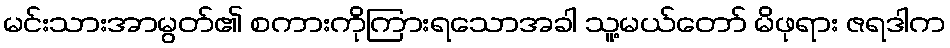
မင်းသားအာမွတ်၏ စကားကိုကြားရသောအခါ သူ့မယ်တော် မိဖုရား ဇရဒါက